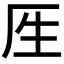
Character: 𰆘